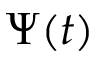
\Psi ( t )